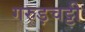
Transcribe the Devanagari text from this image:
गरुड़चट्टी